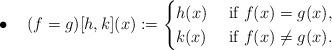
LaTeX: \begin{align*}&\bullet \quad(f=g)[h,k](x):=\begin{cases} h(x)&\mbox{ if }f(x)=g(x),\\k(x)&\mbox{ if }f(x)\neq g(x).\end{cases}&\end{align*}